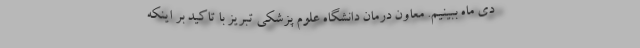
دی ماه ببینیم. معاون درمان دانشگاه علوم پزشکی تبریز با تاکید بر اینکه